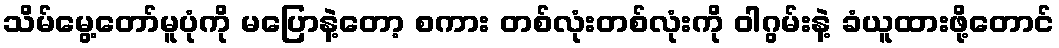
သိမ်မွေ့တော်မူပုံကို မပြောနဲ့တော့ စကား တစ်လုံးတစ်လုံးကို ဝါဂွမ်းနဲ့ ခံယူထားဖို့တောင်